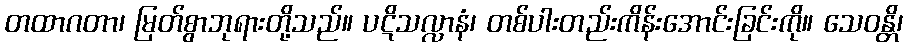
တထာဂတာ၊ မြတ်စွာဘုရားတို့သည်။ ပဋိသလ္လာနံ၊ တစ်ပါးတည်းကိန်းအောင်းခြင်းကို။ သေဝန္တိ၊